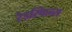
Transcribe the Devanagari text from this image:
रैडस्किन्स